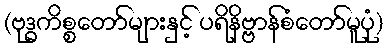
(ဗုဒ္ဓကိစ္စတော်များနှင့် ပရိနိဗ္ဗာန်စံတော်မူပုံ)